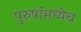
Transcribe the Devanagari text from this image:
पुरुषांमध्येच